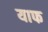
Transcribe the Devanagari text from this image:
याफ